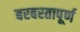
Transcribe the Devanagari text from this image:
बरबरतापूर्ण